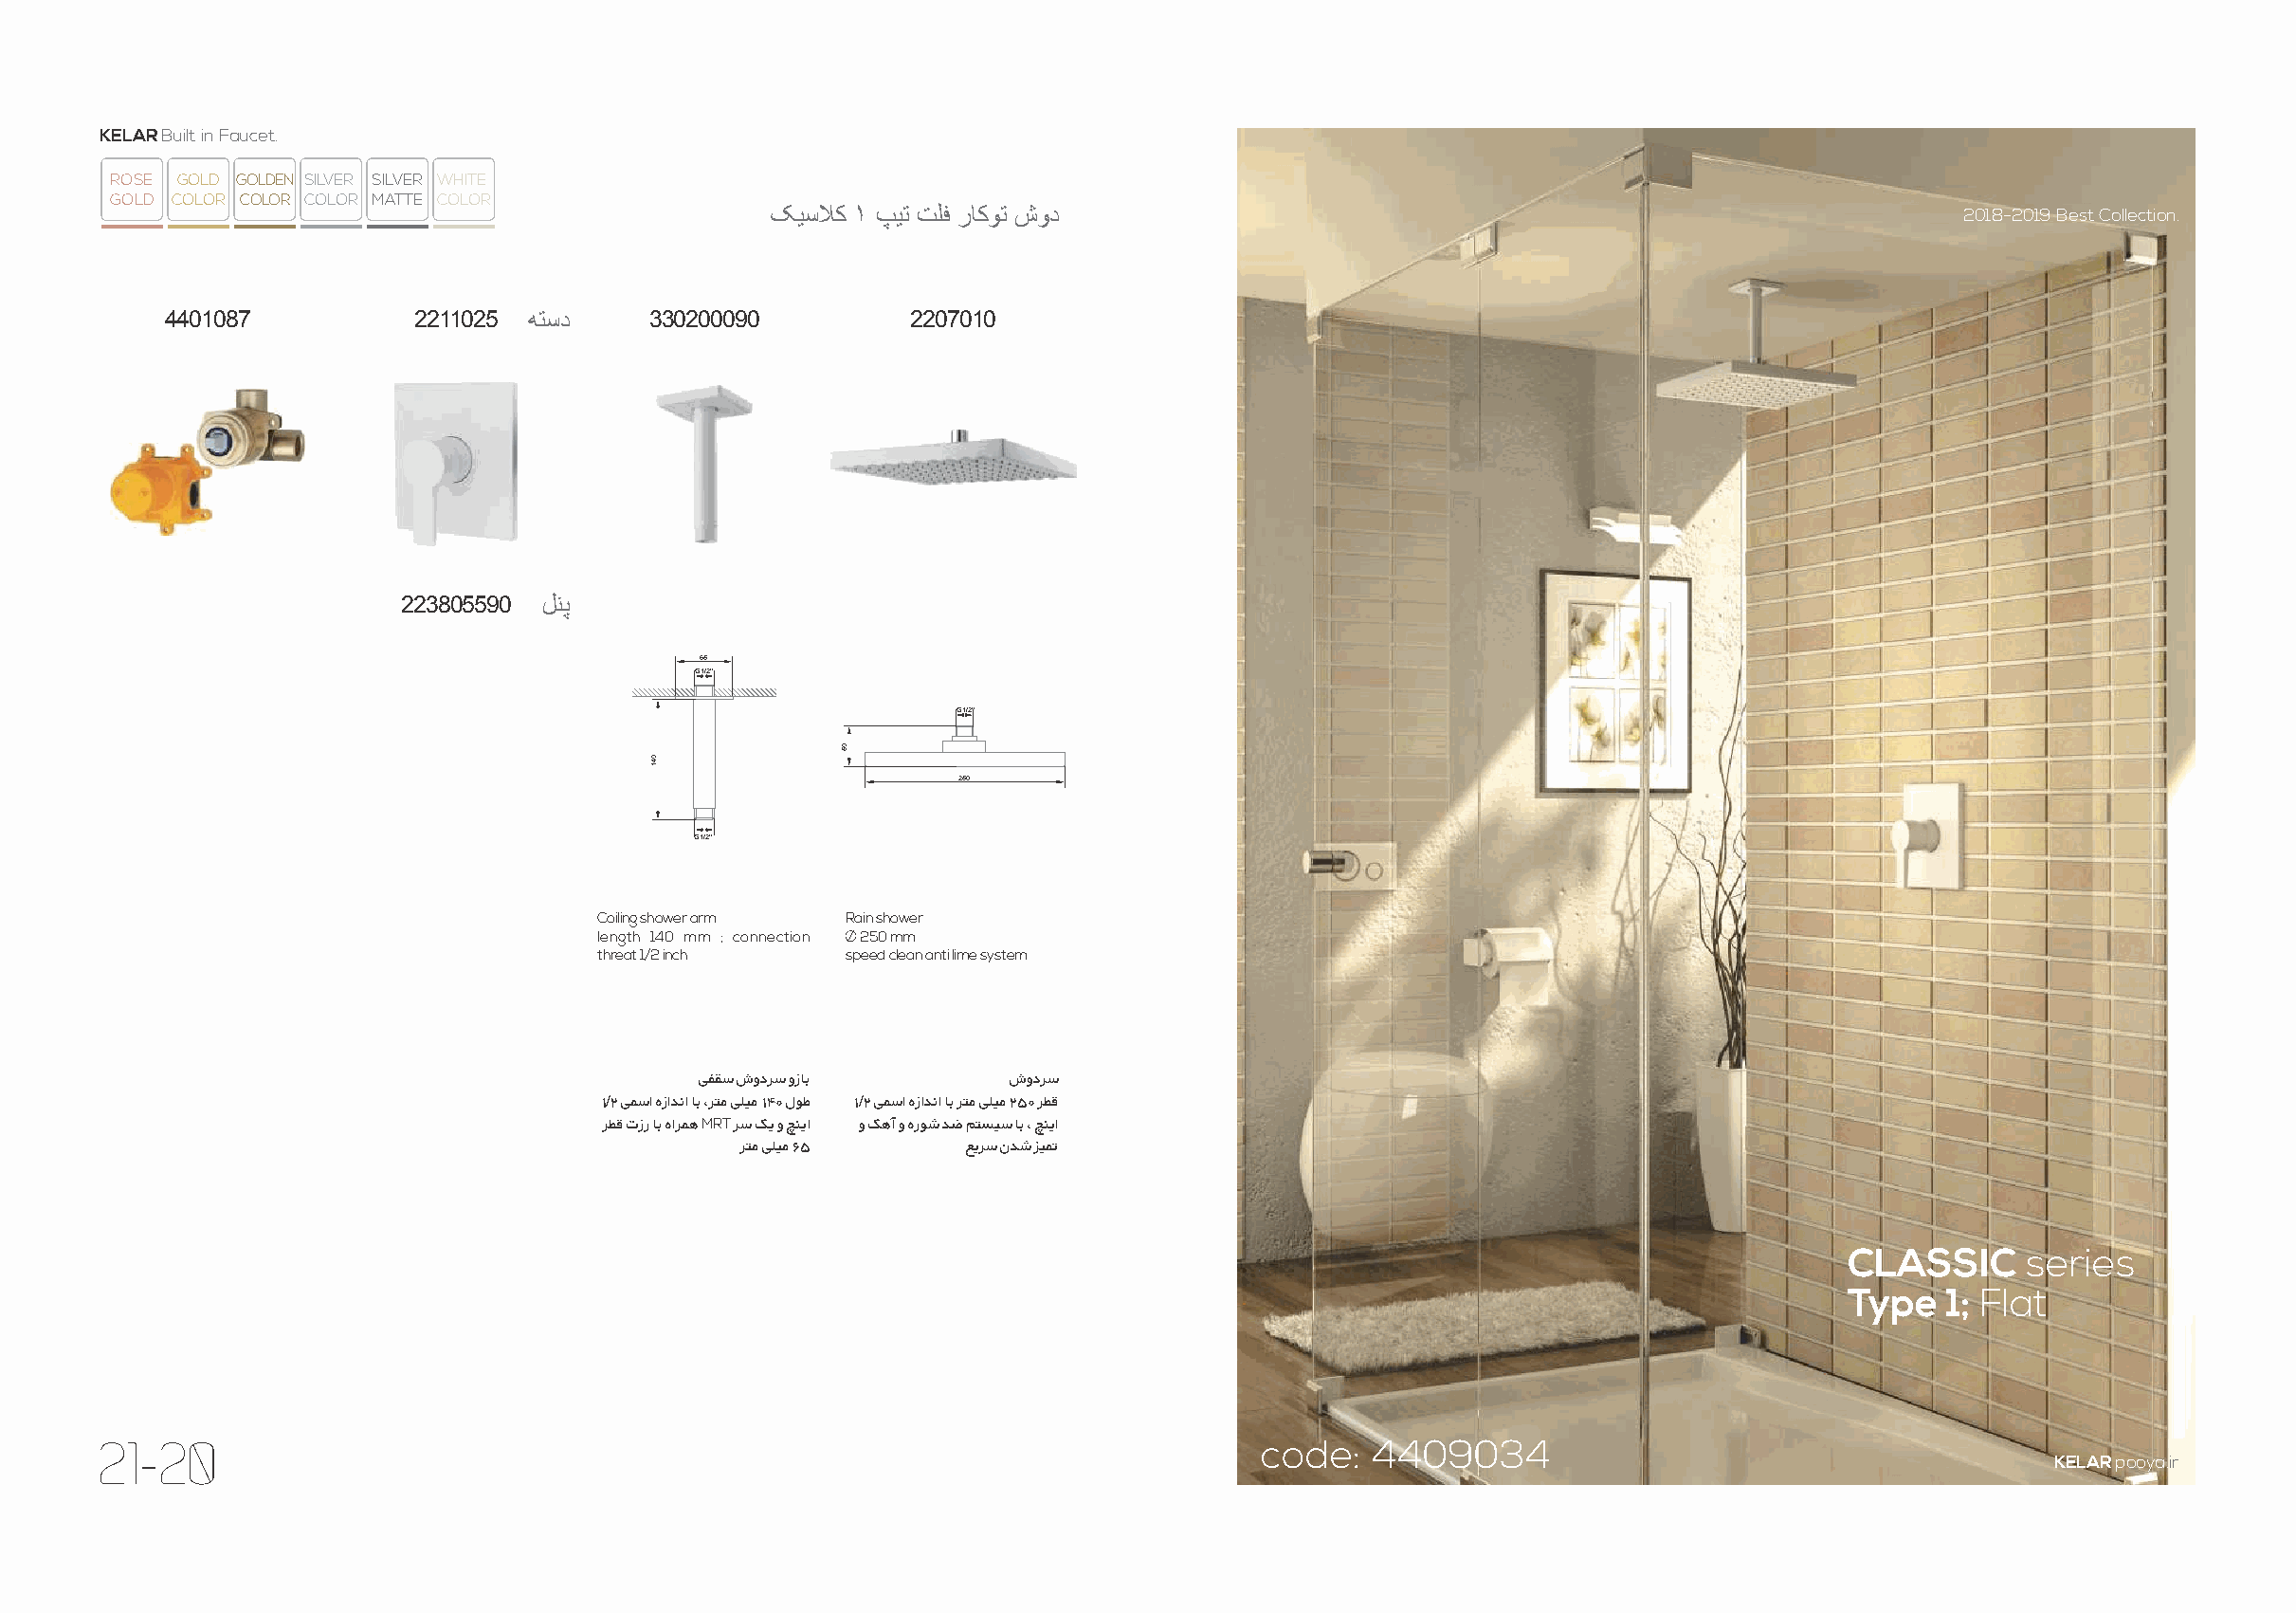
KELAR Built in Faucet.
 ROSE GOLD GOLDEN SILVER SILVER WHITE
 GOLD COLOR COLOR COLOR MATTE COLOR
 ﮏﯾﺳﻼﮐ ١ پﯾﺗ تﻠﻓ رﺎﮐوﺗ شود                                                          2018-2019 Best Collection.
 4401087           2211025 ﮫﺗﺳد    330200090          2207010
 223805590 لﻧﭘ
 65
 G1/2”
 G1 /2”
 250
 G1/2”
 Coiling shower arm Rain shower
 length 140 mm ; connection 250 mm
 threat 1/2 inch  speed clean anti lime system
 ﯽﻔﻘﺳ شودﺮﺳ وزﺎﺑ      شودﺮﺳ
 ١/٢ ﯽﻤﺳا هزاﺪﻧا ﺎﺑ ،ﺮﺘﻣ ﯽﻠﯿﻣ ١۴٠ لﻮﻃ ١/٢ ﯽﻤﺳا هزاﺪﻧا ﺎﺑ ﺮﺘﻣ ﯽﻠﯿﻣ ٢۵٠ ﺮﻄﻗ
 ﺮﻄﻗ تزر ﺎﺑ هاﺮﻤﻫ M R T ﺮﺳ ﮏﯾ و ﭻﻨﯾا و ﮏﻫآ و هرﻮﺷ ﺪﺿ ﻢﺘﺴﯿﺳ ﺎﺑ ، ﭻﻨﯾا
 ﺮﺘﻣ ﯽﻠﯿﻣ ۶۵    ﻊﯾﺮﺳ نﺪﺷ ﺰﯿﻤﺗ
 CLASSIC     series
 Type   1; Flat
 21-20                                                                            code:   4409034
 KELAR pooya.ir
 041
 05